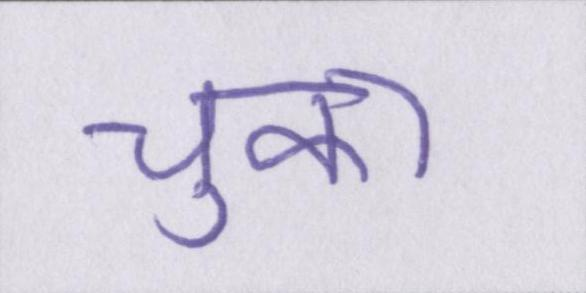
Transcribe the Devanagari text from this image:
चुका